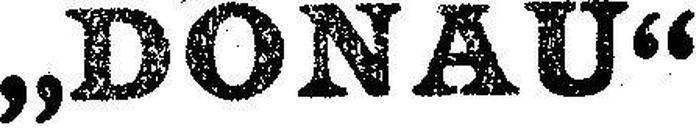
„DONAU“